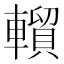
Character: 𰹦